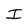
Character: I